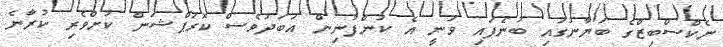
ނެކްސްބިޒްގެ ބަޔާނުގައި ބުނެފައި ވަނީ އެ ކުންފުނިން އަބަދުވެސް ކޮރަޕްޝަން ކުށްވެރި ކުރާނެ